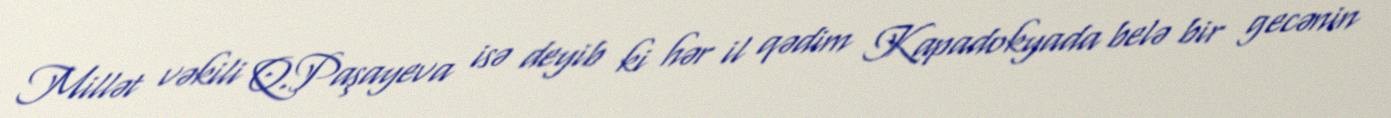
Millət vəkili Q.Paşayeva isə deyib ki hər il qədim Kapadokyada belə bir gecənin